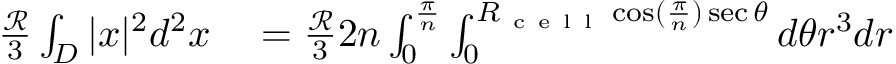
\begin{array} { r l } { \frac { \mathcal { R } } { 3 } \int _ { D } | x | ^ { 2 } d ^ { 2 } x } & { { } = \frac { \mathcal { R } } { 3 } 2 n \int _ { 0 } ^ { \frac { \pi } { n } } \int _ { 0 } ^ { R _ { \mathrm { ~ c ~ e ~ l ~ l ~ } } \cos ( \frac { \pi } { n } ) \sec \theta } d \theta r ^ { 3 } d r } \end{array}